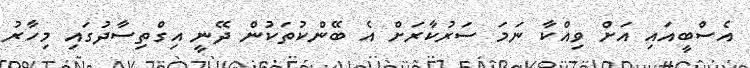
އެސްބީއައި އަށް ވިއްކާ ނަމަ ސަރުކާރަށް އެ ބޭންކުތަކުން ދޭނީ އިގްތިސާދުގައި މިހާރު